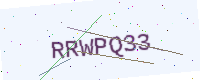
Text: RRWPQ33